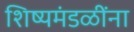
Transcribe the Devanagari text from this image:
शिष्यमंडळींना